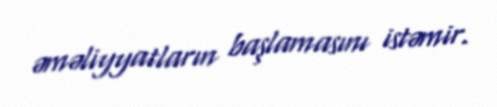
əməliyyatların başlamasını istəmir.